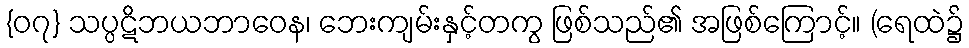
{၀၇} သပ္ပဋိဘယဘာဝေန၊ ဘေးကျမ်းနှင့်တကွ ဖြစ်သည်၏ အဖြစ်ကြောင့်။ (ရေထဲ၌